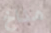
مناخ